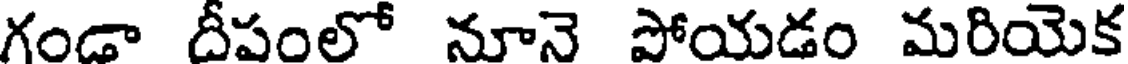
గండా దీపంలో నూనె పోయడం మరియెక